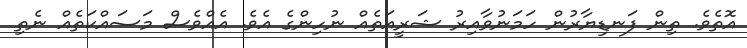
އޮތެވެ. ތިން ފަނޑިޔާރުން ހަމަނުވާއިރު ޝަރީއަތެއް ނުހިންގެ އެވެ. އެއްވެސް މަސައްކަތެއް ނެތި